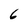
Character: 6